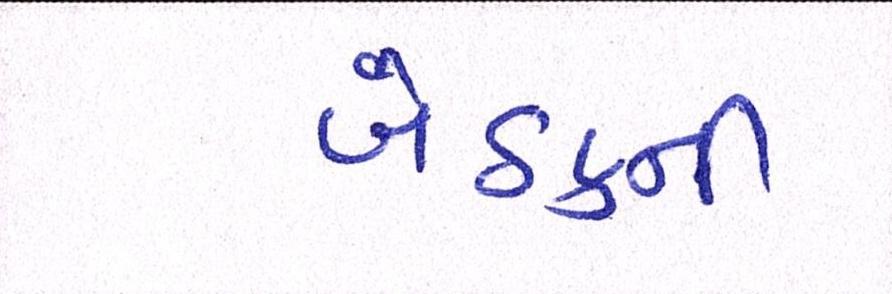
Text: બેઠકની